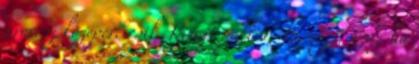
arcrész közepére esik. Kivájt pallia, 15. rajz, azaz ha